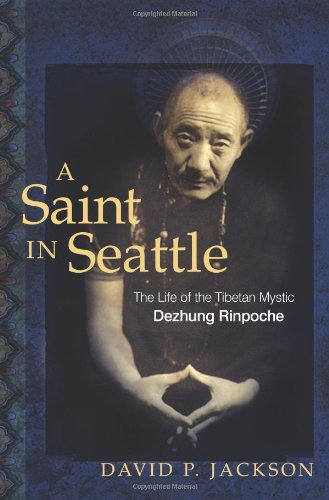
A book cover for A Saint in Seattle: The Life of the Tibetan Mystic Dezhung Rinpoche; David P. Jackson; Religion & Spirituality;